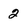
Character: 2